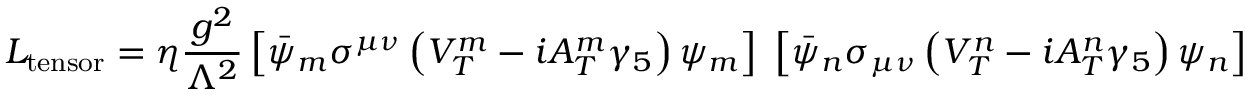
{ \cal L } _ { \mathrm { t e n s o r } } = \eta \frac { g ^ { 2 } } { \Lambda ^ { 2 } } \left[ \bar { \psi } _ { m } \sigma ^ { \mu \nu } \left( V _ { T } ^ { m } - i A _ { T } ^ { m } \gamma _ { 5 } \right) \psi _ { m } \right] \; \left[ \bar { \psi } _ { n } \sigma _ { \mu \nu } \left( V _ { T } ^ { n } - i A _ { T } ^ { n } \gamma _ { 5 } \right) \psi _ { n } \right] \; ,